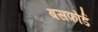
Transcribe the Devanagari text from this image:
बसफोर्ड